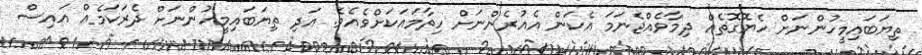
ތިޔަބައިމީހުންނަށް ހެޔޮގޮތެއް ދިމާވެއްޖެނަމަ އެކަން އެއުރެންނަށް ހިތާމައަކަށްވެއެވެ. އަދި ތިޔަބައިމީހުންނަށް ދެރަކަމެއް އައިސް